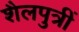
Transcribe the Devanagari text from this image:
शैलपुत्रीं